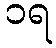
၁ရ